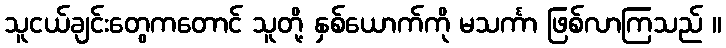
သူငယ်ချင်းတွေကတောင် သူတို့ နှစ်ယောက်ကို မသင်္ကာ ဖြစ်လာကြသည် ။